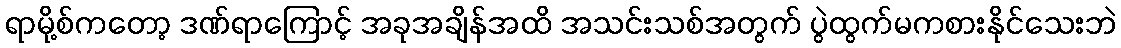
ရာမို့စ်ကတော့ ဒဏ်ရာကြောင့် အခုအချိန်အထိ အသင်းသစ်အတွက် ပွဲထွက်မကစားနိုင်သေးဘဲ